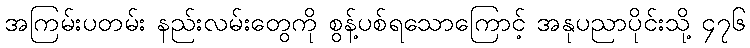
အကြမ်းပတမ်း နည်းလမ်းတွေကို စွန့်ပစ်ရသောကြောင့် အနုပညာပိုင်းသို့ ၄၇၆